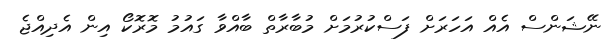
ނޭޝަންސް އެއް އަހަރަށް ފަސްކުރުމަށް މުބާރާތް ބާއްވާ ގައުމު މޮރޮކޯ އިން އެދިއްޖެ